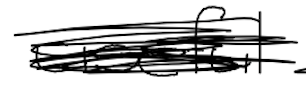
Text: useful
Cross-out: mix
Writing tool: digital_black